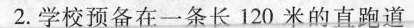
2.学校预备在一条长120米的直跑道